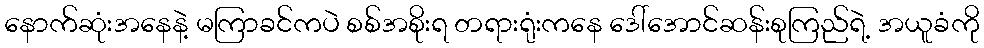
နောက်ဆုံးအနေနဲ့ မကြာခင်ကပဲ စစ်အစိုးရ တရားရုံးကနေ ဒေါ်အောင်ဆန်းစုကြည်ရဲ့ အယူခံကို